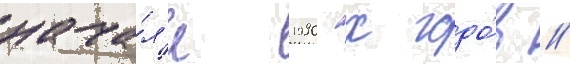
нача́л'е 1990-х годо́в //